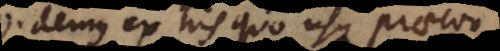
Videmus ex his quo usque praeconcepta